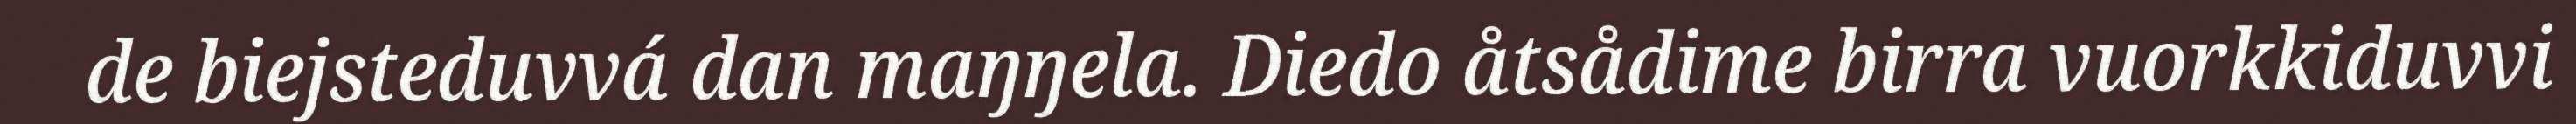
de biejsteduvvá dan maŋŋela. Diedo åtsådime birra vuorkkiduvvi